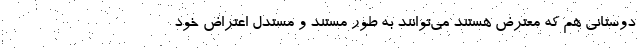
دوستانی هم که معترض هستند می‌توانند به طور مستند و مستدل اعتراض خود